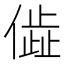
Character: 𬿨